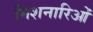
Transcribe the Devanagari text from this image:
मिशनारिओं